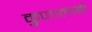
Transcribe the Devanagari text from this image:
कुणालाबी